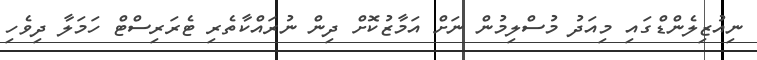
ނިއުޒިލެންޑްގައި މިއަދު މުސްލިމުން ނަށް އަމާޒުކޮށް ދިން ނުރައްކާތެރި ޓެރަރިސްޓް ހަމަލާ ދިވެހި